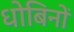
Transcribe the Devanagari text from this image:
धोबिनों